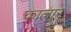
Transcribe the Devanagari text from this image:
कालार